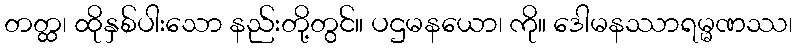
တတ္ထ၊ ထိုနှစ်ပါးသော နည်းတို့တွင်။ ပဌမနယော၊ ကို။ ဒေါမနဿာရမ္မဏဿ၊